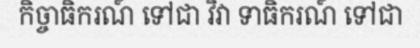
កិច្ចាធិករណ៍ ទៅជា វិវា ទាធិករណ៍ ទៅជា